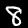
Label: 8